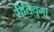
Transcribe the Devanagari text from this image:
रीतियुग।